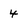
Character: 4